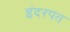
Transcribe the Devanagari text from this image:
इंदरपत